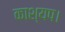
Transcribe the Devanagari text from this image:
काश्यप।